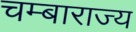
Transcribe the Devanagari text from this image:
चम्बाराज्य